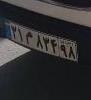
۳۱م۸۳۴۹۸